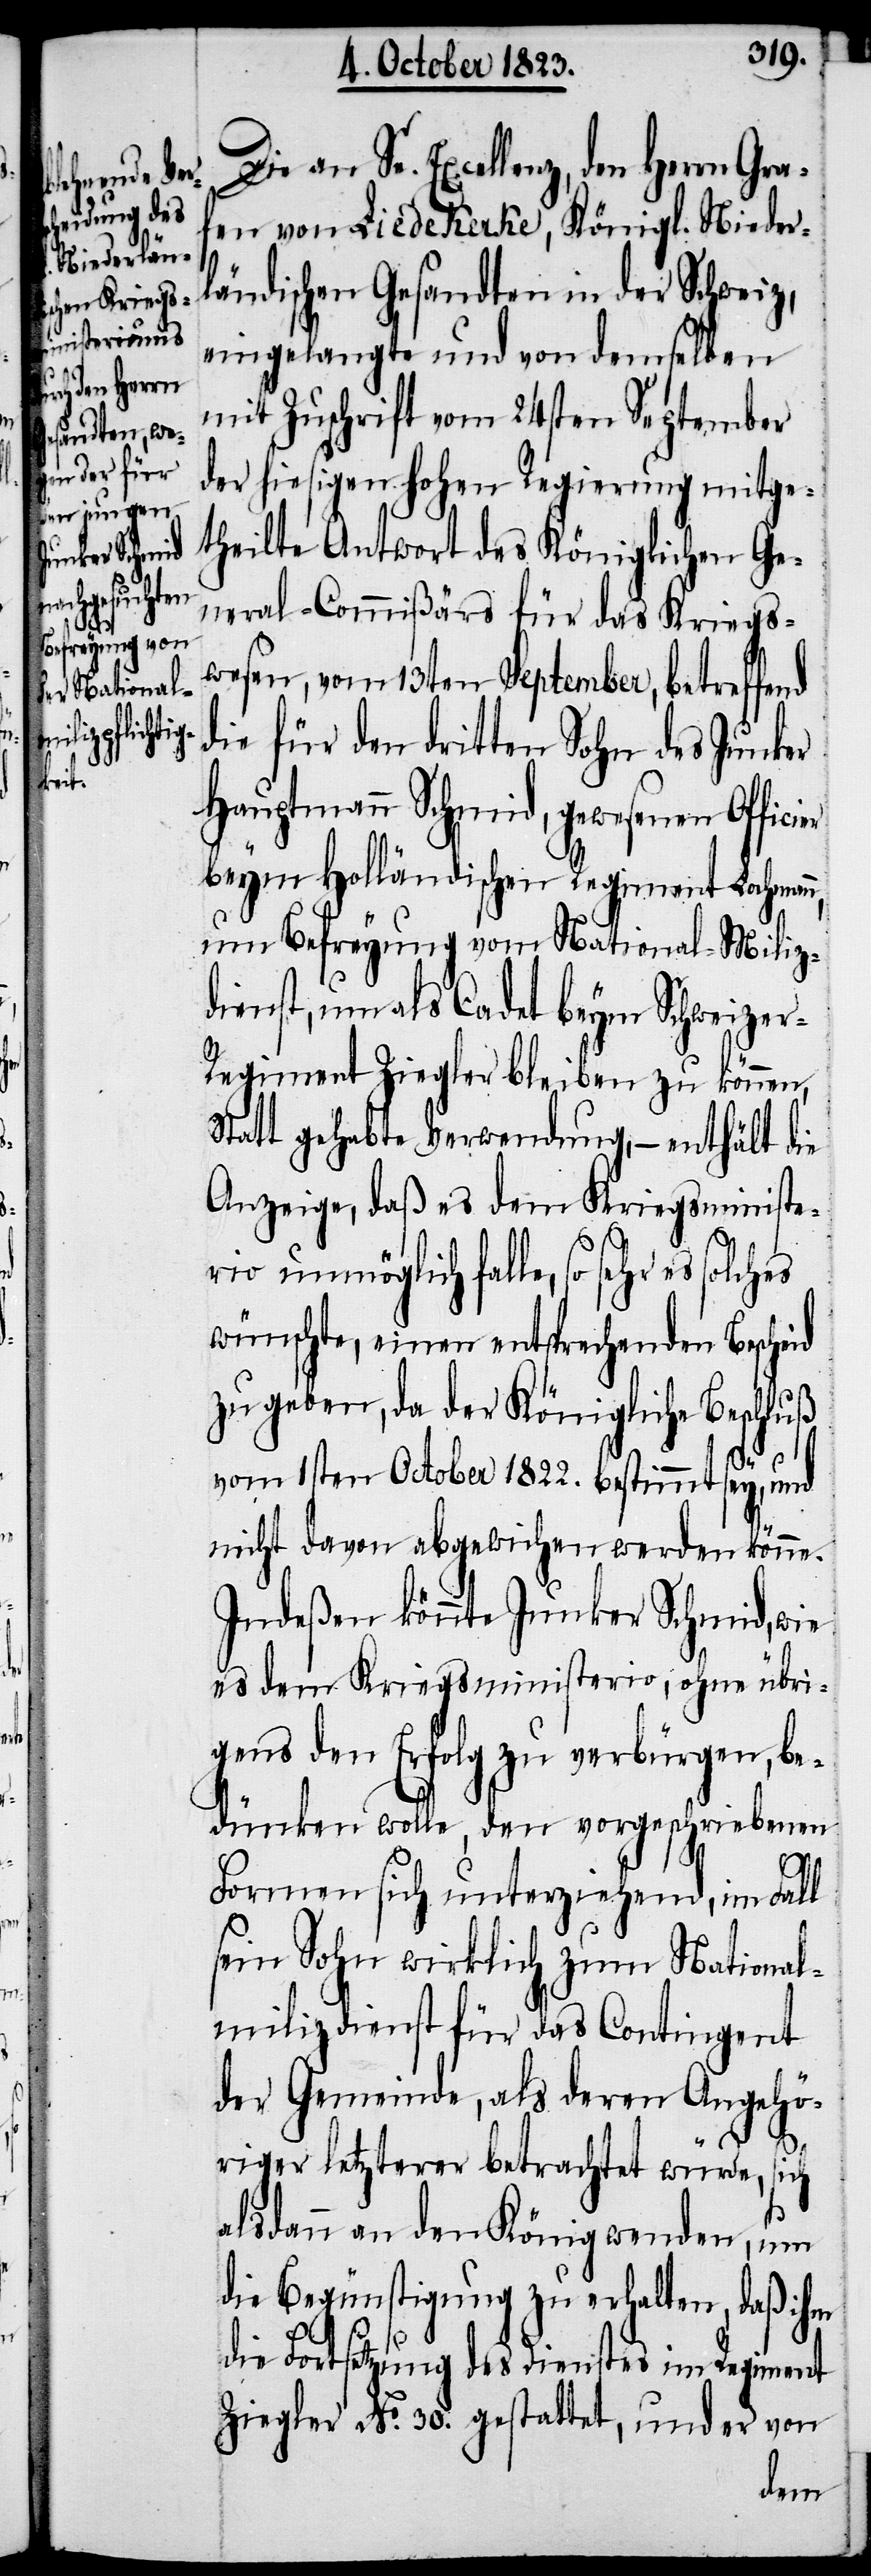
ier

Die an Se. Excellenz, den Herrn Gra¬
fen von Liedekerke, Königl. Nieder¬
ländischen Gesandten in der Schweiz,
eingelangte und von demselben
mit Zuschrift vom 24sten September
der hiesigen hohen Regierung mitge¬
theilte Antwort des Königlichen Ge¬
neral-Commißärs für das Kriegs¬
wesen, vom 13ten September, betreffend
die für den dritten Sohn des Junker
Hauptmann Schmid, gewesenen Offic¬
beym Holländischen Regiment Lochmann,
um Befreyung vom National-Miliz¬
dienst, um als Cadet beym Schweize¬
r-Regiment Ziegler bleiben zu können,
Statt gehabte Verwendung, − enthält die
Anzeige, daß es dem Kriegsministe¬
rio unmöglich falle, so sehr es solches
wünschte, einen entsprechenden Bescheid
zu geben, da der Königliche Beschluß
vom 1sten October 1822. bestimmt sey, und
nicht davon abgewichen werden könne.
Indeßen könnte Junker Schmid, wie
es dem Kriegsministerio, ohne übri¬
gens den Erfolg zu verbürgen, be¬
dünken wolle, den vorgeschriebenen
Formen sich unterziehend, im Fall
sein Sohn wirklich zum National¬
milizdienst für das Contingent
der Gemeinde, als deren Angehö¬
riger letzterer betrachtet würde, sich
alsdann an den König wenden, um
die Begünstigung zu erhalten, daß ihm
die Fortsetzung des Dienstes im Regiment
Ziegler No. 30. gestattet, und er von